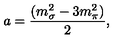
a = \frac { ( m _ { \sigma } ^ { 2 } - 3 m _ { \pi } ^ { 2 } ) } { 2 } ,